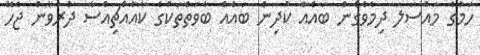
ހަމުގެ މައްސަލަ ދިމާވެގެން ބައެއް ކުދިން ބައެއް ބާވަތްތަކުގެ ކާއެއްޗިއްސާ ދުރުވާން ޖެހޭ